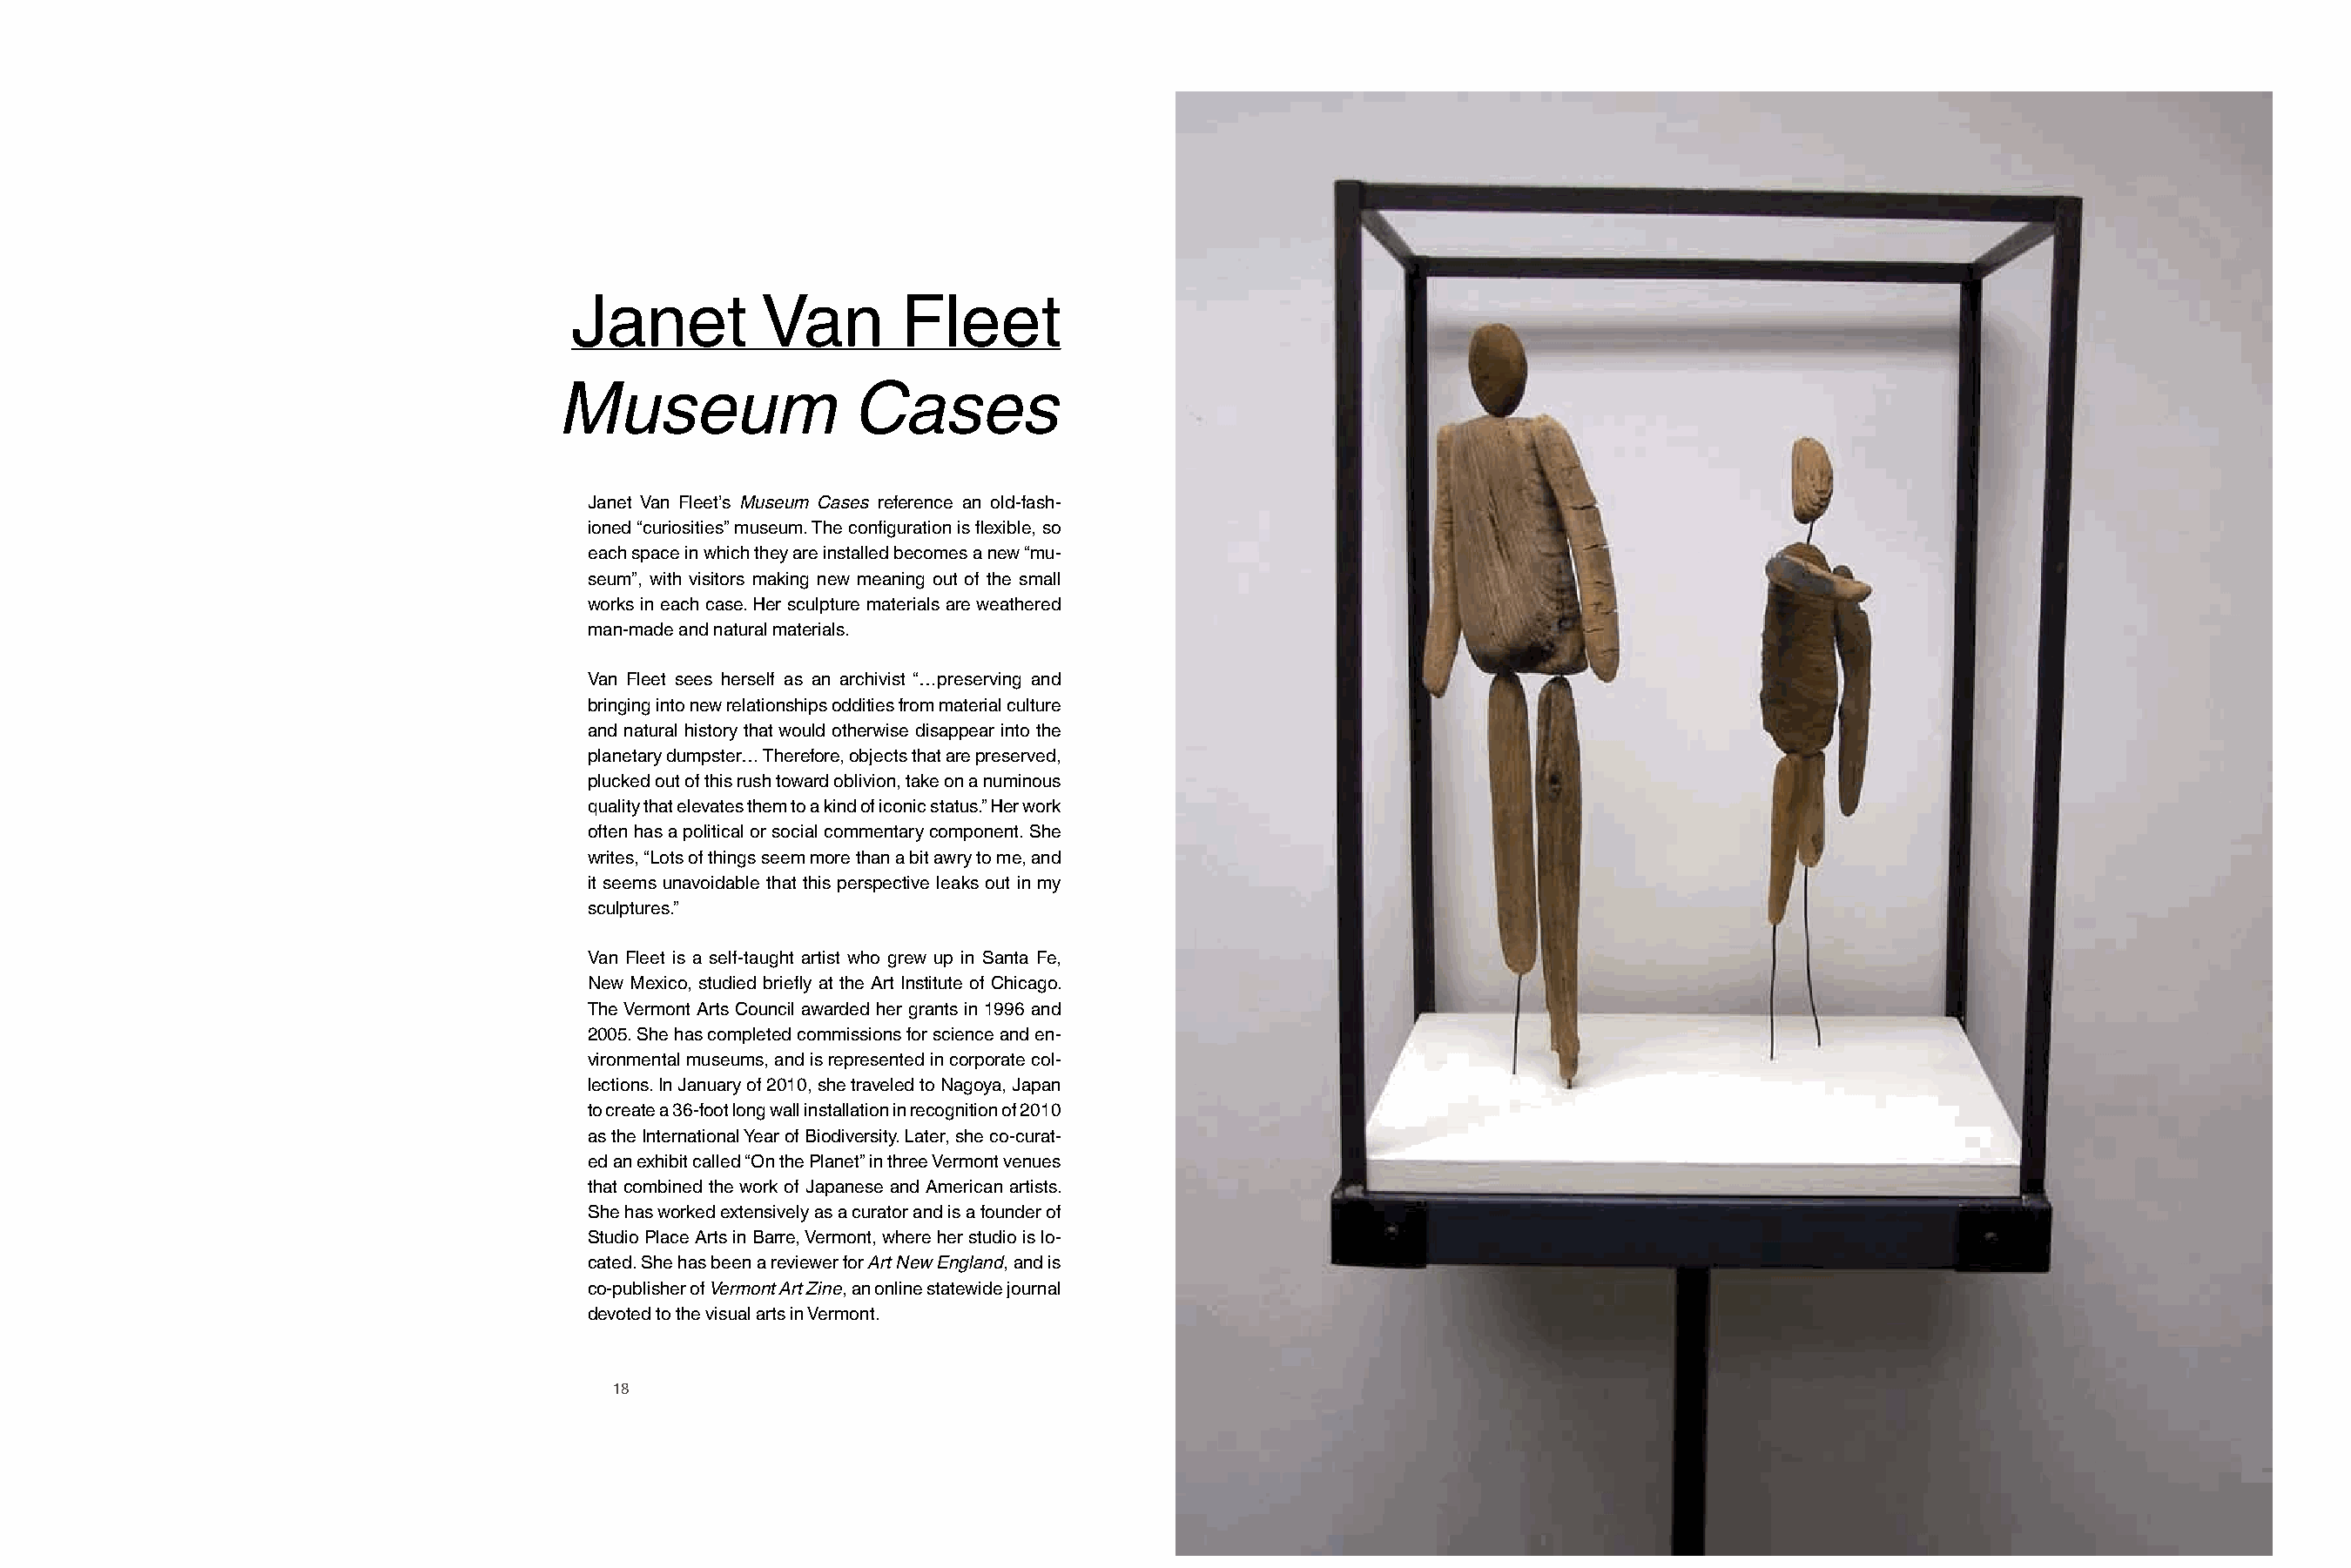
Janet          Van        Fleet
 Museum                Cases
 Janet Van Fleet’s Museum Cases reference an old-fash-
 ioned “curiosities” museum. The configuration is flexible, so
 each space in which they are installed becomes a new “mu-
 seum”, with visitors making new meaning out of the small
 works in each case. Her sculpture materials are weathered
 man-made and natural materials.
 Van Fleet sees herself as an archivist “…preserving and
 bringing into new relationships oddities from material culture
 and natural history that would otherwise disappear into the
 planetary dumpster… Therefore, objects that are preserved,
 plucked out of this rush toward oblivion, take on a numinous
 quality that elevates them to a kind of iconic status.” Her work
 often has a political or social commentary component. She
 writes, “Lots of things seem more than a bit awry to me, and
 it seems unavoidable that this perspective leaks out in my
 sculptures.”
 Van Fleet is a self-taught artist who grew up in Santa Fe,
 New Mexico, studied briefly at the Art Institute of Chicago.
 The Vermont Arts Council awarded her grants in 1996 and
 2005. She has completed commissions for science and en-
 vironmental museums, and is represented in corporate col-
 lections. In January of 2010, she traveled to Nagoya, Japan
 to create a 36-foot long wall installation in recognition of 2010
 as the International Year of Biodiversity. Later, she co-curat-
 ed an exhibit called “On the Planet” in three Vermont venues
 that combined the work of Japanese and American artists.
 She has worked extensively as a curator and is a founder of
 Studio Place Arts in Barre, Vermont, where her studio is lo-
 cated. She has been a reviewer for Art New England, and is
 co-publisher of Vermont Art Zine, an online statewide journal
 devoted to the visual arts in Vermont.
 18                                                                                  19